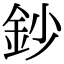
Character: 鈔